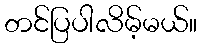
တင်ပြပါလိမ့်မယ်။